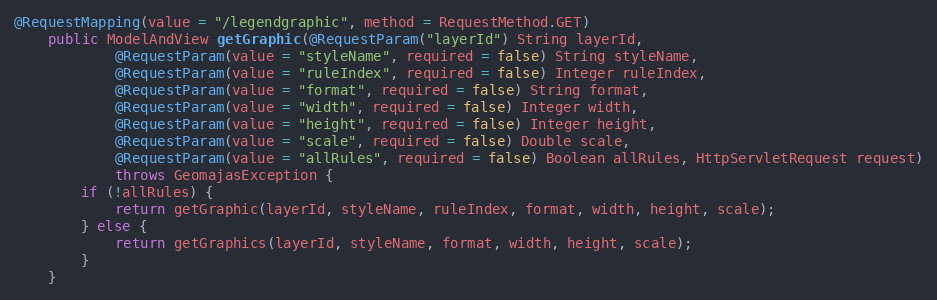
Language: Java
@RequestMapping(value = "/legendgraphic", method = RequestMethod.GET)
	public ModelAndView getGraphic(@RequestParam("layerId") String layerId,
			@RequestParam(value = "styleName", required = false) String styleName,
			@RequestParam(value = "ruleIndex", required = false) Integer ruleIndex,
			@RequestParam(value = "format", required = false) String format,
			@RequestParam(value = "width", required = false) Integer width,
			@RequestParam(value = "height", required = false) Integer height,
			@RequestParam(value = "scale", required = false) Double scale,
			@RequestParam(value = "allRules", required = false) Boolean allRules, HttpServletRequest request)
			throws GeomajasException {
		if (!allRules) {
			return getGraphic(layerId, styleName, ruleIndex, format, width, height, scale);
		} else {
			return getGraphics(layerId, styleName, format, width, height, scale);
		}
	}